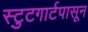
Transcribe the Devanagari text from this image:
स्टुटगार्टपासून